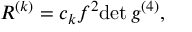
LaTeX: R ^ { ( k ) } = c _ { k } f ^ { 2 } \mathrm { d e t } \, g ^ { ( 4 ) } ,